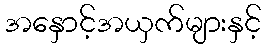
အနှောင့်အယှက်များနှင့်